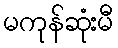
မကုန်ဆုံးမီ